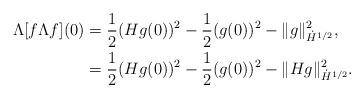
LaTeX: \begin{align*}\Lambda[f \Lambda f](0) &= \frac 12 (Hg(0))^2 - \frac 12 (g(0))^2 - \|g\|_{\dot H^{1/2}}^2, \\&= \frac 12 (Hg(0))^2 - \frac 12 (g(0))^2 - \|Hg\|_{\dot H^{1/2}}^2.\end{align*}